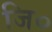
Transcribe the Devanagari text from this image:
जि०